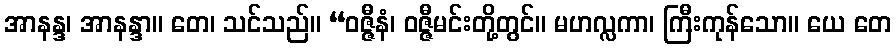
အာနန္ဒ၊ အာနန္ဒာ။ တေ၊ သင်သည်။ “ဝဇ္ဇီနံ၊ ဝဇ္ဇီမင်းတို့တွင်။ မဟလ္လကာ၊ ကြီးကုန်သော။ ယေ တေ